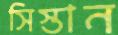
সিস্তান